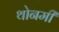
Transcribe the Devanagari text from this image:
थोनमी